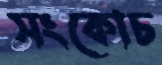
সংকোচ